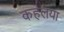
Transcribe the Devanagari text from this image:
कहलया